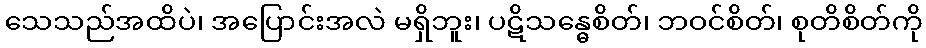
သေသည်အထိပဲ၊ အပြောင်းအလဲ မရှိဘူး၊ ပဋိသန္ဓေစိတ်၊ ဘဝင်စိတ်၊ စုတိစိတ်ကို